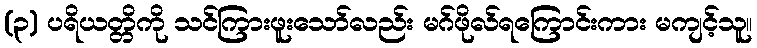
(၃) ပရိယတ္တိကို သင်ကြားဖူးသော်လည်း မဂ်ဖိုလ်ရကြောင်းကား မကျင့်သူ။